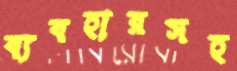
ব্যবহারসহ